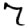
Digit: 7